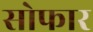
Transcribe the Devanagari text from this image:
सोफार